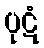
ပုဋံ